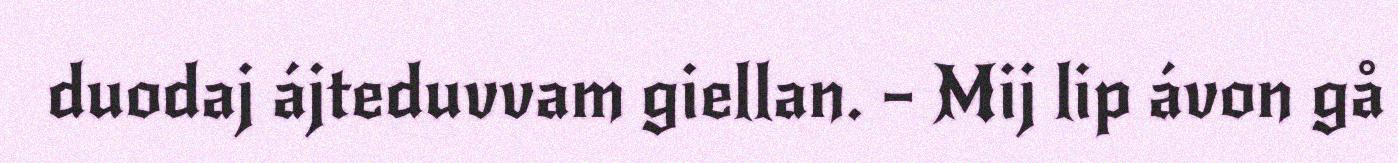
duodaj ájteduvvam giellan. – Mij lip ávon gå